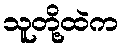
သူတို့ထဲက